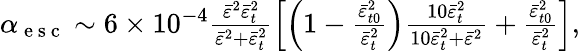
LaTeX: \begin{array}{r}{\alpha_{\mathrm{~e~s~c~}}\sim 6\times 10^{-4}\frac{\bar{\varepsilon}^{2}\bar{\varepsilon}_{t}^{2}}{\bar{\varepsilon}^{2}+\bar{\varepsilon}_{t}^{2}}\left[\left(1-\frac{\bar{\varepsilon}_{t0}^{2}}{\bar{\varepsilon}_{t}^{2}}\right)\frac{10\bar{\varepsilon}_{t}^{2}}{10\bar{\varepsilon}_{t}^{2}+\bar{\varepsilon}^{2}}+\frac{\bar{\varepsilon}_{t0}^{2}}{\bar{\varepsilon}_{t}^{2}}\right],}\end{array}